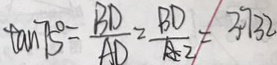
\tan 7 5 ^ { \circ } = \frac { B D } { A D } = \frac { B D } { A _ { 2 } } = 3 . 7 3 2